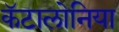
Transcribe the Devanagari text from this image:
कॅटालोनिया